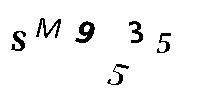
SM9535